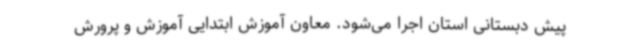
پیش دبستانی استان اجرا می‌شود. معاون آموزش ابتدایی آموزش و پرورش